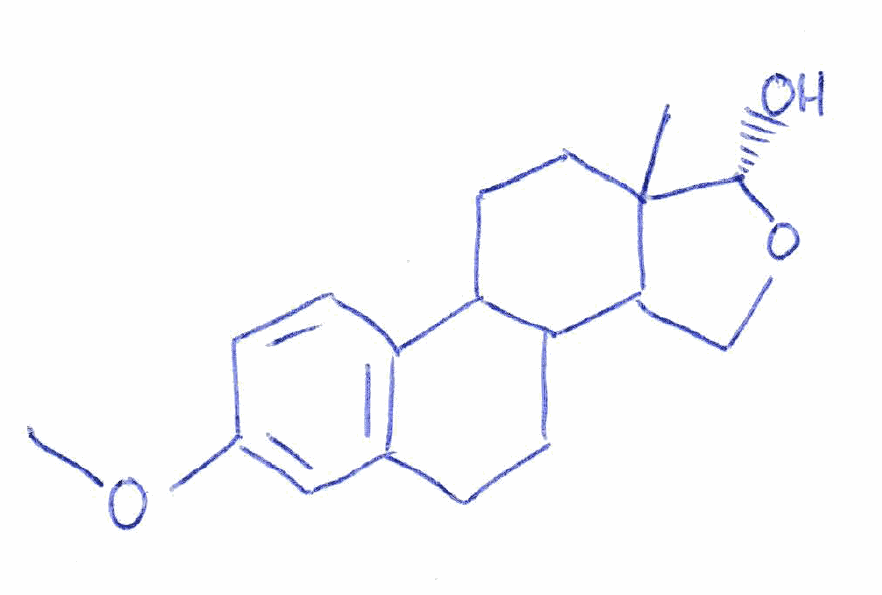
Simplified molecular-input line-entry system (SMILES) notation of the given molecule:
CC12CCC3C(C1CO[C@H]2O)CCC4=C3C=CC(=C4)OC